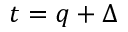
t = q + \Delta